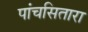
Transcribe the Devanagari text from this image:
पांचसितारा